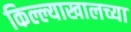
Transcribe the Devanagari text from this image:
किल्ल्याखालच्या